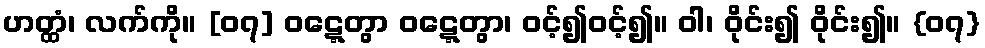
ဟတ္ထံ၊ လက်ကို။ [၀၇] ဝဋ္ဋေတွာ ဝဋ္ဋေတွာ၊ ဝင့်၍ဝင့်၍။ ဝါ၊ ဝိုင်း၍ ဝိုင်း၍။ {၀၇}